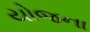
યોજના